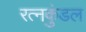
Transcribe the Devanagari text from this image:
रत्नकुंडल